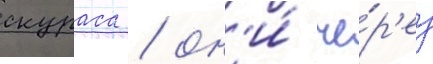
скураса / он'и́ че́р'ез